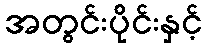
အတွင်းပိုင်းနှင့်